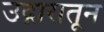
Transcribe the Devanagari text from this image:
उद्गारातून